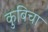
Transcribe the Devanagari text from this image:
कुबिचा